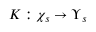
K : \chi _ { s } \rightarrow \Upsilon _ { s }